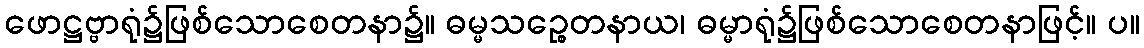
ဖောဋ္ဌဗ္ဗာရုံ၌ဖြစ်သောစေတနာ၌။ ဓမ္မသဉ္စေတနာယ၊ ဓမ္မာရုံ၌ဖြစ်သောစေတနာဖြင့်။ ပ။